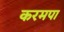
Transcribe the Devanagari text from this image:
करमपा